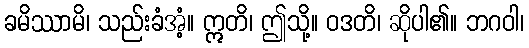
ခမိဿာမိ၊ သည်းခံအံ့။ ဣတိ၊ ဤသို့။ ဝဒတိ၊ ဆိုပါ၏။ ဘဂဝါ၊